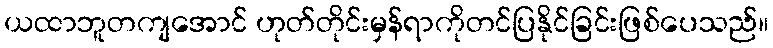
ယထာဘူတကျအောင် ဟုတ်တိုင်းမှန်ရာကိုတင်ပြနိုင်ခြင်းဖြစ်ပေသည်။